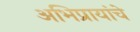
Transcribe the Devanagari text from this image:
अभिप्रायांचे